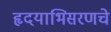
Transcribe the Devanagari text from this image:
हृदयाभिसरणचे